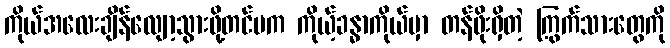
ကိုယ်အလေးချိန်လျော့သွားဖို့တင်မက ကိုယ့်ခန္ဓာကိုယ်မှာ တန်ဖိုးရှိတဲ့ ကြွက်သားတွေကို